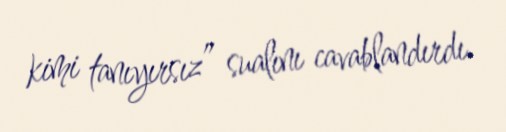
kimi tanıyırsız” sualını cavablandırdı.